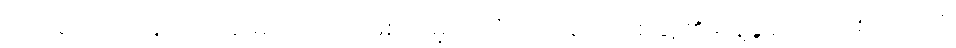
မှတ်ချက်။ ။”နောင်အခါ မည်ကဲ့သို့ ဖြစ်လိမ့်မည်”ဟု ဘုရားတစ်ဆူ၏ မိန့်ခွန်းတော် စကားကို